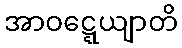
အာဝဋ္ဋေယျာတိ